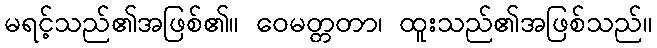
မရင့်သည်၏အဖြစ်၏။ ဝေမတ္တတာ၊ ထူးသည်၏အဖြစ်သည်။